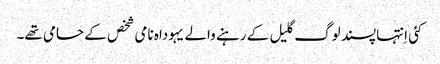
‏ کئی اِنتہاپسند لوگ گلیل کے رہنے والے یہوداہ نامی شخص کے حامی تھے۔